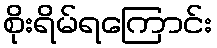
စိုးရိမ်ရကြောင်း